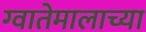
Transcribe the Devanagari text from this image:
ग्वातेमालाच्या